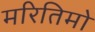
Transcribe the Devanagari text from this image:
मरितिमो